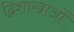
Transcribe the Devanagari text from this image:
द्विशाखाओं